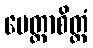
မေတ္တာစိတ္တံ